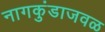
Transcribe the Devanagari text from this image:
नागकुंडाजवळ